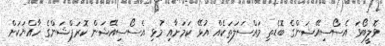
ވޮލީބޯޅަ އެސޯސިއޭޝަންގެ ބޮޑެތި މައްސަލަތަކެއް އުޅޭ ކަމަށާއި މުޅި އެސޯސިއޭޝަން ކޮރަޕްޝަންގެ ހާއްޔަކަށް